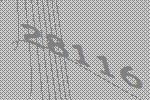
28116